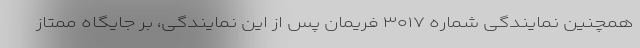
همچنین نمایندگی شماره ۳۰۱۷ فریمان پس از این نمایندگی، بر جایگاه ممتاز